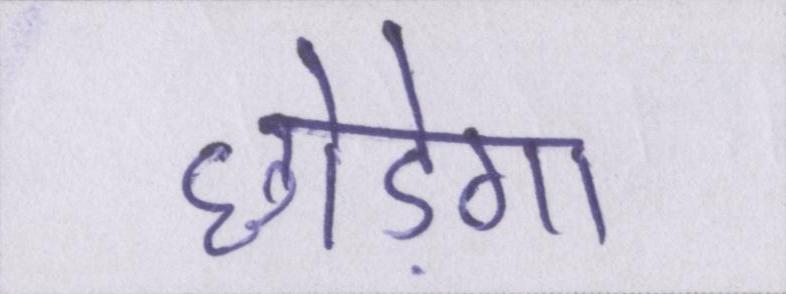
छोड़ेगा